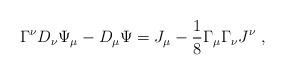
LaTeX: \begin{align*}\Gamma^\nu D_\nu \Psi_\mu - D_\mu \Psi = J_\mu - \frac{1}{8} \Gamma_\mu \Gamma_\nu J^\nu ~,\end{align*}